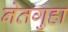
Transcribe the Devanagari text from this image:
नेतगुहा